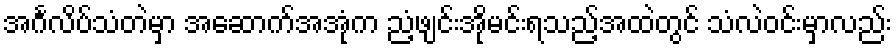
အင်္ဂလိပ်သံတဲမှာ အဆောက်အအုံက ညံ့ဖျင်းအိုမင်းရသည့်အထဲတွင် သံလဲဝင်းမှာလည်း